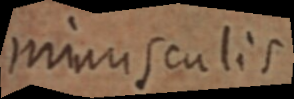
minusculis